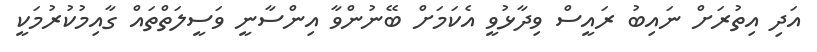
އަދި އިތުރަށް ނައިބު ރައީސް ވިދާޅުވީ އެކަމަށް ބޭނުންވާ އިންސާނީ ވަސީލަތްތައް ގާއިމުކުރުމަކީ